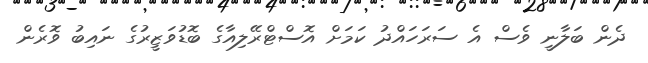
ދެން ބަލާނީ ވެސް އެ ސަރަހައްދު ކަމަށް އޮސްޓްރޭލިއާގެ ބޮޑުވަޒީރުގެ ނައިބު ވޮރެން